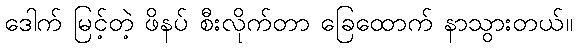
ဒေါက် မြင့်တဲ့ ဖိနပ် စီးလိုက်တာ ခြေထောက် နာသွားတယ်။